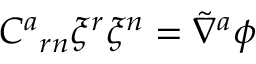
C ^ { a } { } _ { r n } \xi ^ { r } \xi ^ { n } = \tilde { \nabla } ^ { a } \phi